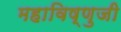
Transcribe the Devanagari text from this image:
महाविष्णुजी